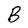
Character: B